Report of the Municipal Commissioner on the plague in Bombay for the year ending 31st May... - Volume 1
Disease focus: Plague
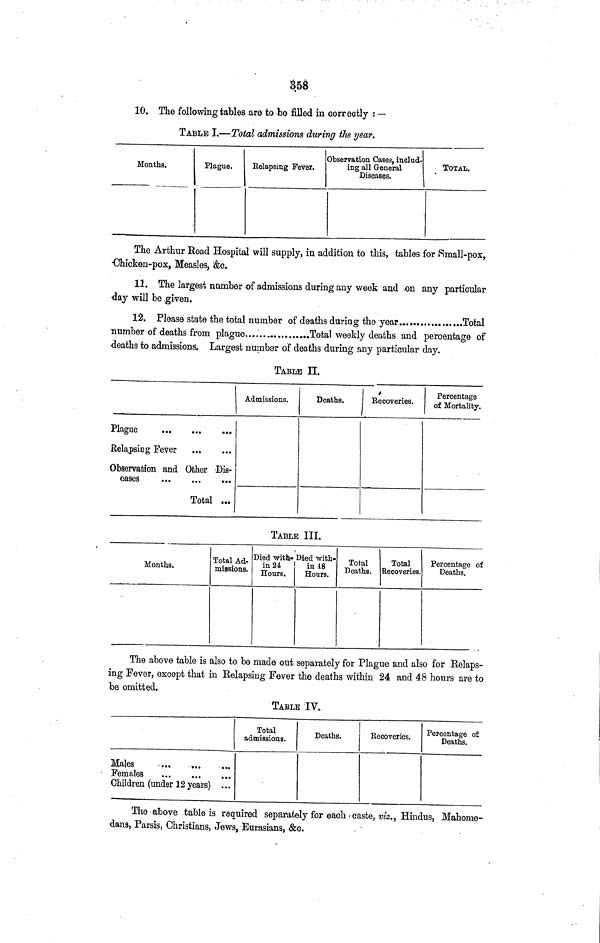
358
10. The following tables are to be filled in correctly : —
TABLE I.—Total admissions during the year.
Months.
Plague.
Eelapsing Fever.
Observation Oases, includ-
ing all General
Diseases.
TOTAL.
The Arthur Road Hospital will supply, in addition to this, tables for Small-pox,
Chicken-pox, Measles, &c.
11. The largest number of admissions during any week and on any particular
day will be given.
12. Please state the total number of deaths during the year
Total
number of deaths from plague
Total weekly deaths and percentage of
deaths to admissions. Largest number of deaths during any particular day.
TABLE H.
Plague
Relapsing Fever
Observation and Other Dis-
eases
Total ...
Admissions.
Deaths.
Eecoveries.
Percentage
of Mortality.
TABLE III.
Months.
Total Ad-
missions.
Died with-
in 24
Hours.
Died with-
in 48
Hours.
Total
Deaths.
Total
Recoveries.
Percentage of
Deaths.
The above table is also to be made out separately for Plague and also for Eelaps-
ing Fever, except that in Relapsing Fever the deaths within 24 and 48 hours are to
be omitted.
TABLE IV.
Males
...
Females
Children (under 12 years) ...
Total
admissions.
Deaths.
Eecoveries.
Percentage of
Deaths.
The above table is required separately for each caste, viz., Hindus, Mahome-
dans, Parsis, Christians, Jews, Eurasians, &c.